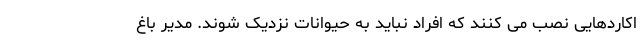
اکاردهایى نصب مى کنند که افراد نباید به حیوانات نزدیک شوند. مدیر باغ